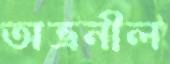
অভ্রনীল